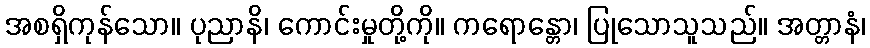
အစရှိကုန်သော။ ပုညာနိ၊ ကောင်းမှုတို့ကို။ ကရောန္တော၊ ပြုသောသူသည်။ အတ္တာနံ၊